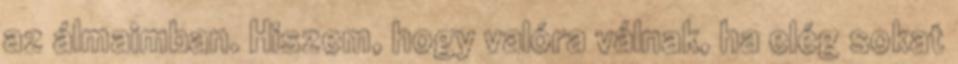
az álmaimban. Hiszem, hogy valóra válnak, ha elég sokat